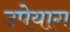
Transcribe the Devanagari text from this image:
उपेयाग